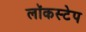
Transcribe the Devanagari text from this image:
लॉकस्टेप